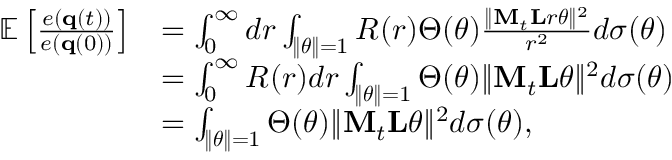
\begin{array} { r l } { \mathbb { E } \left[ \frac { e ( { \bf q } ( t ) ) } { e ( { \bf q } ( 0 ) ) } \right] } & { = \int _ { 0 } ^ { \infty } d r \int _ { \| \boldsymbol { \theta } \| = 1 } R ( r ) \Theta ( \boldsymbol { \theta } ) \frac { \| { \bf M } _ { t } { \bf L } r \boldsymbol { \theta } \| ^ { 2 } } { r ^ { 2 } } d \sigma ( \boldsymbol { \theta } ) } \\ & { = \int _ { 0 } ^ { \infty } R ( r ) d r \int _ { \| \boldsymbol { \theta } \| = 1 } \Theta ( \boldsymbol { \theta } ) \| { \bf M } _ { t } { \bf L } \boldsymbol { \theta } \| ^ { 2 } d \sigma ( \boldsymbol { \theta } ) } \\ & { = \int _ { \| \boldsymbol { \theta } \| = 1 } \Theta ( \boldsymbol { \theta } ) \| { \bf M } _ { t } { \bf L } \boldsymbol { \theta } \| ^ { 2 } d \sigma ( \boldsymbol { \theta } ) \mathrm { , } } \end{array}